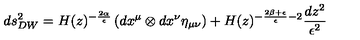
d s _ { D W } ^ { 2 } = H ( z ) ^ { - \frac { 2 \alpha } { \epsilon } } \left( d x ^ { \mu } \otimes d x ^ { \nu } \eta _ { \mu \nu } \right) + H ( z ) ^ { - \frac { 2 \beta + \epsilon } { \epsilon } - 2 } \frac { d z ^ { 2 } } { \epsilon ^ { 2 } }